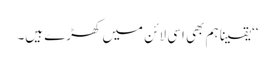
‘‘یقینا ہم بھی اسی لائن میں کھڑے ہیں۔